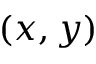
( x , y )